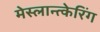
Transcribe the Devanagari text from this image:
मेस्लान्त्केरिंग